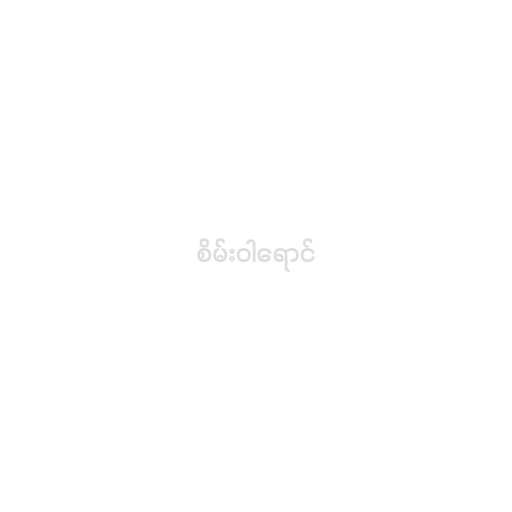
စိမ်းဝါရောင်